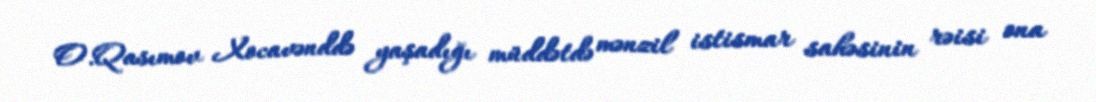
O.Qasımov Xocavənddə yaşadığı müddətdə mənzil istismar sahəsinin rəisi ona